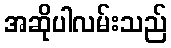
အဆိုပါလမ်းသည်